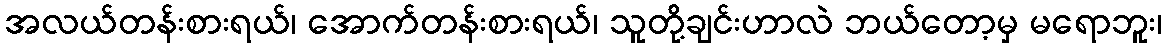
အလယ်တန်းစားရယ်၊ အောက်တန်းစားရယ်၊ သူတို့ချင်းဟာလဲ ဘယ်တော့မှ မရောဘူး၊